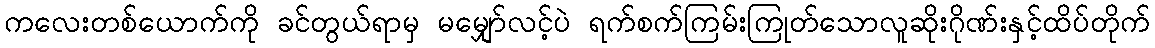
ကလေးတစ်ယောက်ကို ခင်တွယ်ရာမှ မမျှော်လင့်ပဲ ရက်စက်ကြမ်းကြုတ်သောလူဆိုးဂိုဏ်းနှင့်ထိပ်တိုက်